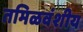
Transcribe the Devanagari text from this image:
तमिळवंशीय